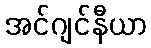
အင်ဂျင်နီယာ